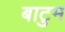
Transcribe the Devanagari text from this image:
बाटुम